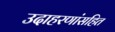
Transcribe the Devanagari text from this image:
उदाहरणांसहित